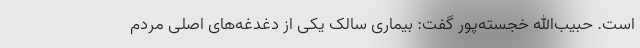
است. حبیب‌الله خجسته‌پور گفت: بیماری سالک یکی از دغدغه‌های اصلی مردم